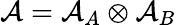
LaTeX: \mathcal{A}=\mathcal{A}_{A}\otimes\mathcal{A}_{B}